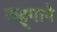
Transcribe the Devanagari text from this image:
जह्गाने